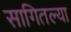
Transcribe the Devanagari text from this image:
सागितल्या